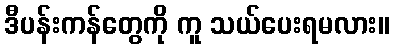
ဒီပန်းကန်တွေကို ကူ သယ်ပေးရမလား။